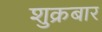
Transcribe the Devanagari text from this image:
शुक्रबार